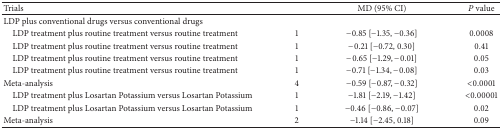
| Trials |  | MD (95% CI) | P value |
 | --- | --- | --- | --- |
 | LDP plus conventional drugs versus conventional drugs |  |  |  |
 | LDP treatment plus routine treatment versus routine treatment | 1 | −0.85 [−1.35, −0.36] | 0.0008 |
 | LDP treatment plus routine treatment versus routine treatment | 1 | −0.21 [−0.72, 0.30] | 0.41 |
 | LDP treatment plus routine treatment versus routine treatment | 1 | −0.65 [−1.29, −0.01] | 0.05 |
 | LDP treatment plus routine treatment versus routine treatment | 1 | −0.71 [−1.34, −0.08] | 0.03 |
 | Meta-analysis | 4 | −0.59 [−0.87, −0.32] | <0.0001 |
 | LDP treatment plus Losartan Potassium versus Losartan Potassium | 1 | −1.81 [−2.19, −1.42] | <0.00001 |
 | LDP treatment plus Losartan Potassium versus Losartan Potassium | 1 | −0.46 [−0.86, −0.07] | 0.02 |
 | Meta-analysis | 2 | −1.14 [−2.45, 0.18] | 0.09 |